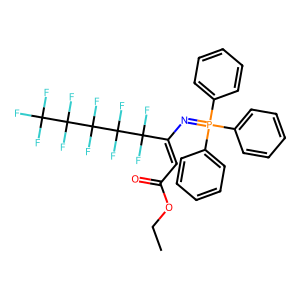
SMILES: CCOC(=O)C=C(N=P(c1ccccc1)(c1ccccc1)c1ccccc1)C(F)(F)C(F)(F)C(F)(F)C(F)(F)C(F)(F)F
Inhibits HIV replication: No